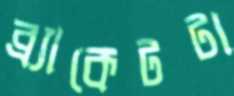
ব্র্যাকেটটা